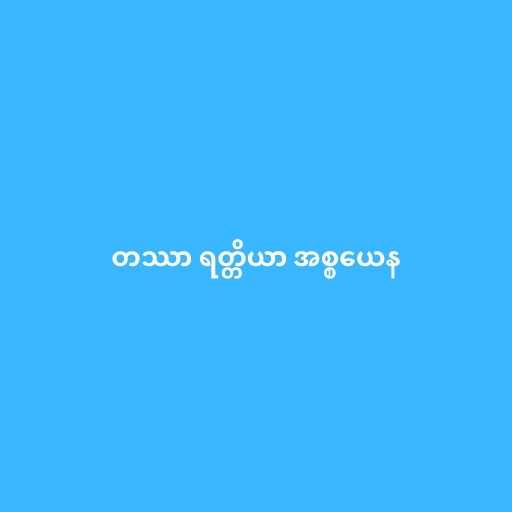
တဿာ ရတ္တိယာ အစ္စယေန